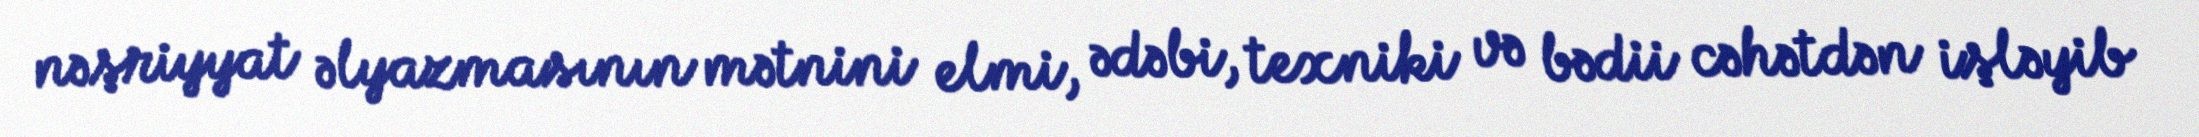
nəşriyyat əlyazmasının mətnini elmi, ədəbi, texniki və bədii cəhətdən işləyib